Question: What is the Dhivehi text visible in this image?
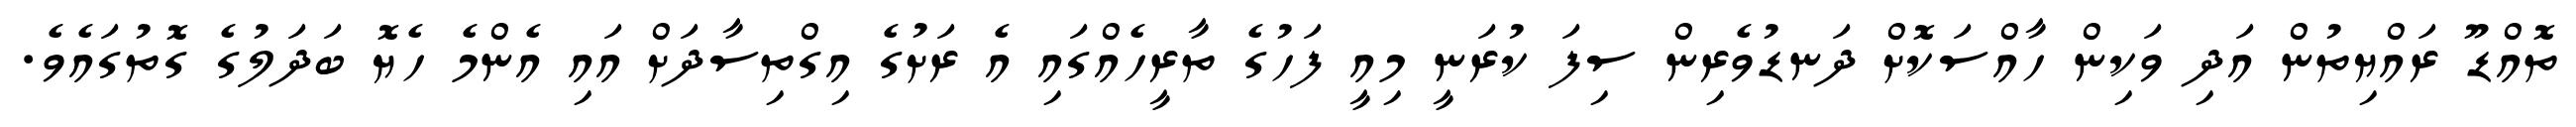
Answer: ތޮއްޑޫ ރައްޔިތުން އަދި ވަކިން ހާއްސަކޮށް ދަނޑުވެރިން ސިފަ ކުރަނީ މިއީ ފަހުގެ ތާރީހެއްގައި އެ ރަށުގެ އިގްތިސާދަށް އައި އެންމެ ހެޔޮ ބަދަލުގެ ގޮތުގައެވެ.